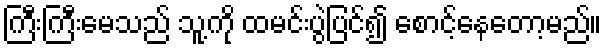
ကြီးကြီးမေသည် သူ့ကို ထမင်းပွဲပြင်၍ စောင့်နေတော့မည်။